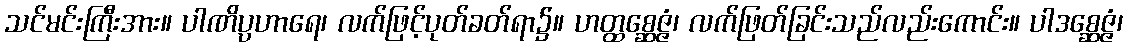
သင်မင်းကြီးအား။ ပါဏိပ္ပဟာရေ၊ လက်ဖြင့်ပုတ်ခတ်ရာ၌။ ဟတ္ထစ္ဆေဇ္ဇံ၊ လက်ဖြတ်ခြင်းသည်လည်းကောင်း။ ပါဒစ္ဆေဇ္ဇံ၊